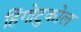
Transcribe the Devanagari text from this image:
हिंगोटुकोल